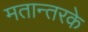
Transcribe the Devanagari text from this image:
मतान्तरके